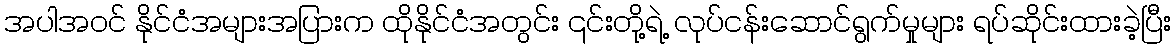
အပါအဝင် နိုင်ငံအများအပြားက ထိုနိုင်ငံအတွင်း ၎င်းတို့ရဲ့ လုပ်ငန်းဆောင်ရွက်မှုများ ရပ်ဆိုင်းထားခဲ့ပြီး